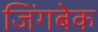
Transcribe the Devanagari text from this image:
जिंगबेक